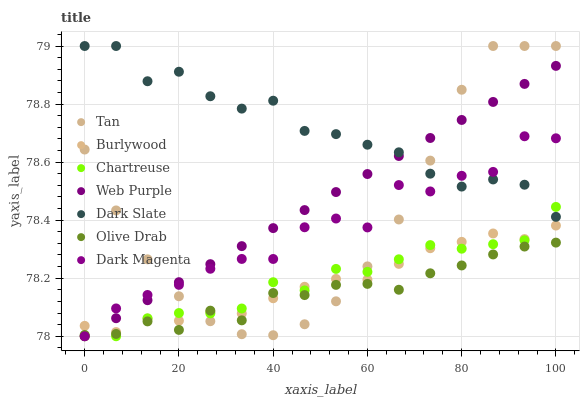
| xaxis_label | Tan | Burlywood | Chartreuse | Web Purple | Dark Slate | Olive Drab | Dark Magenta |
 | --- | --- | --- | --- | --- | --- | --- | --- |
 | 0 | 78.6 | 78 | 78 | 78 | 79 | 78 | 78 |
 | 6.67 | 78.4 | 78 | 78 | 78.1 | 79 | 78 | 78.1 |
 | 13.3 | 78.3 | 78.1 | 78.1 | 78.1 | 78.9 | 78.1 | 78.1 |
 | 20 | 78.1 | 78.1 | 78.1 | 78.2 | 78.9 | 78 | 78.2 |
 | 26.7 | 78.1 | 78.1 | 78.1 | 78.2 | 78.8 | 78.1 | 78.2 |
 | 33.3 | 78 | 78.1 | 78.1 | 78.3 | 78.8 | 78.1 | 78.3 |
 | 40 | 78 | 78.1 | 78.2 | 78.4 | 78.8 | 78.1 | 78.3 |
 | 46.7 | 78 | 78.2 | 78.2 | 78.4 | 78.7 | 78.1 | 78.4 |
 | 53.3 | 78.1 | 78.2 | 78.2 | 78.5 | 78.7 | 78.2 | 78.4 |
 | 60 | 78.2 | 78.2 | 78.2 | 78.6 | 78.7 | 78.2 | 78.4 |
 | 66.7 | 78.4 | 78.2 | 78.3 | 78.6 | 78.6 | 78.2 | 78.5 |
 | 73.3 | 78.6 | 78.3 | 78.3 | 78.7 | 78.6 | 78.2 | 78.5 |
 | 80 | 78.8 | 78.3 | 78.3 | 78.7 | 78.5 | 78.2 | 78.6 |
 | 86.7 | 79 | 78.4 | 78.3 | 78.8 | 78.5 | 78.3 | 78.6 |
 | 93.3 | 79 | 78.3 | 78.3 | 78.9 | 78.5 | 78.3 | 78.7 |
 | 100 | 79 | 78.4 | 78.4 | 78.9 | 78.4 | 78.3 | 78.7 |